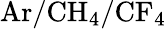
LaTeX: \mathrm{Ar/CH_{4}/CF_{4}}